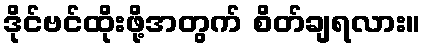
ဒိုင်ဗင်ထိုးဖို့အတွက် စိတ်ချရလား။